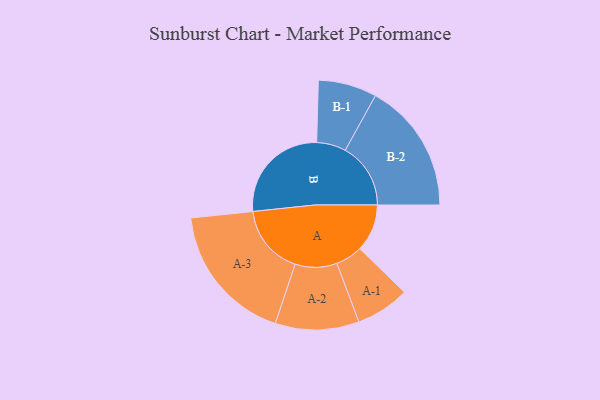
{"axis": {"x": "Segment", "y": "Value"}, "legend": ["", "A", "B"], "data": [{"x": "A", "y": 181, "type": ""}, {"x": "B", "y": 399, "type": ""}, {"x": "A-1", "y": 103, "type": "A"}, {"x": "A-2", "y": 160, "type": "A"}, {"x": "A-3", "y": 268, "type": "A"}, {"x": "B-1", "y": 112, "type": "B"}, {"x": "B-2", "y": 250, "type": "B"}]}